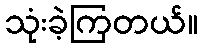
သုံးခဲ့ကြတယ်။